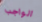
الواجب